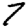
Digit: 7